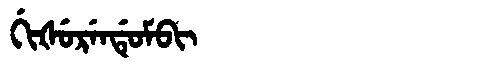
Manchu: ᡤᡳᡧᡠᡵᡝᠨᡩᡠᠮᠪᡳ
Romanization: GIŠURENDUMBI